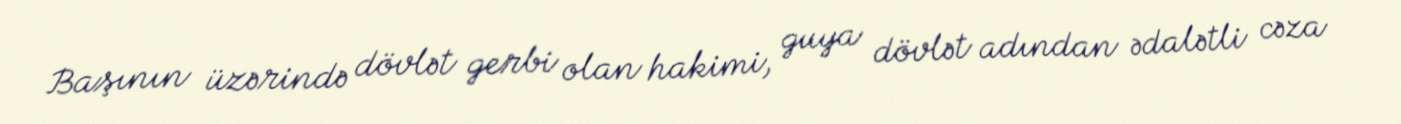
Başının üzərində dövlət gerbi olan hakimi, guya dövlət adından ədalətli cəza